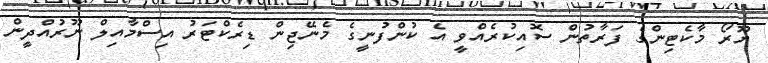
ޔޫރޯ މާކެޓިންގެ ފަރާތުން ސޮއިކުރެއްވީ އެ ކުންފުނީގެ މެނޭޖިން ޑިރެކްޓަރު އިސްމާއިލް ނޫރުއްދީން